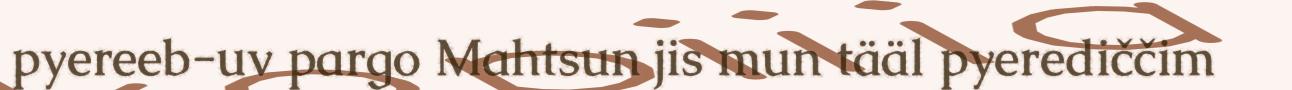
pyereeb-uv pargo Mahtsun jis mun tääl pyerediččim